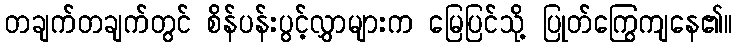
တချက်တချက်တွင် စိန်ပန်းပွင့်လွှာများက မြေပြင်သို့ ပြုတ်ကြွေကျနေ၏။